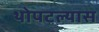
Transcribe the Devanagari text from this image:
थोपटल्यास